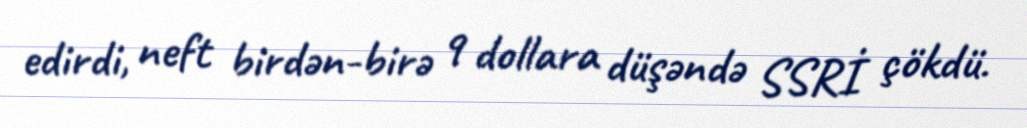
edirdi, neft birdən-birə 9 dollara düşəndə SSRİ çökdü.